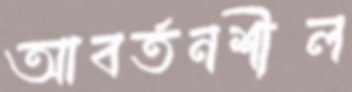
আবর্তনশীল